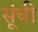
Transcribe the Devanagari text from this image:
सूंची